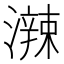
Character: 𤁕